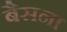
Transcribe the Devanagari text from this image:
बैसना